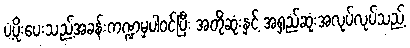
ပံ့ပိုးပေးသည့်အခန်းကဏ္ဍမှပါဝင်ပြီး အတိုဆုံးနှင့် အရှည်ဆုံးအလုပ်လုပ်သည့်